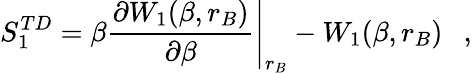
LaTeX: S_{1}^{TD}=\beta\left.{\frac{\partial{W_{1}(\beta,r_{B})}}{\partial\beta}}\right|_{r_{B}}-W_{1}(\beta,r_{B})~~~,